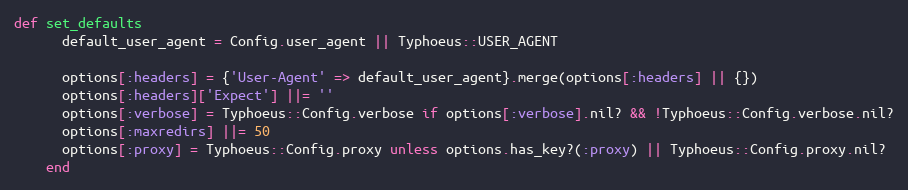
Language: Ruby
def set_defaults
      default_user_agent = Config.user_agent || Typhoeus::USER_AGENT

      options[:headers] = {'User-Agent' => default_user_agent}.merge(options[:headers] || {})
      options[:headers]['Expect'] ||= ''
      options[:verbose] = Typhoeus::Config.verbose if options[:verbose].nil? && !Typhoeus::Config.verbose.nil?
      options[:maxredirs] ||= 50
      options[:proxy] = Typhoeus::Config.proxy unless options.has_key?(:proxy) || Typhoeus::Config.proxy.nil?
    end